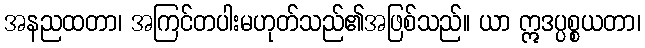
အနညထတာ၊ အကြင်တပါးမဟုတ်သည်၏အဖြစ်သည်။ ယာ ဣဒပ္ပစ္စယတာ၊